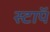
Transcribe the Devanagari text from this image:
स्टाॅप